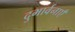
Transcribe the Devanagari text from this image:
दुभार्वनाएँ